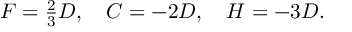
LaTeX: F = { \textstyle \frac { 2 } { 3 } D } , \quad { \cal C } = - 2 D , \quad { \cal H } = - 3 D .